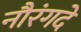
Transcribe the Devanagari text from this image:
नौरंगदे